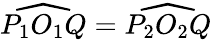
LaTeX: {\widehat{P_{1}O_{1}Q}}={\widehat{P_{2}O_{2}Q}}